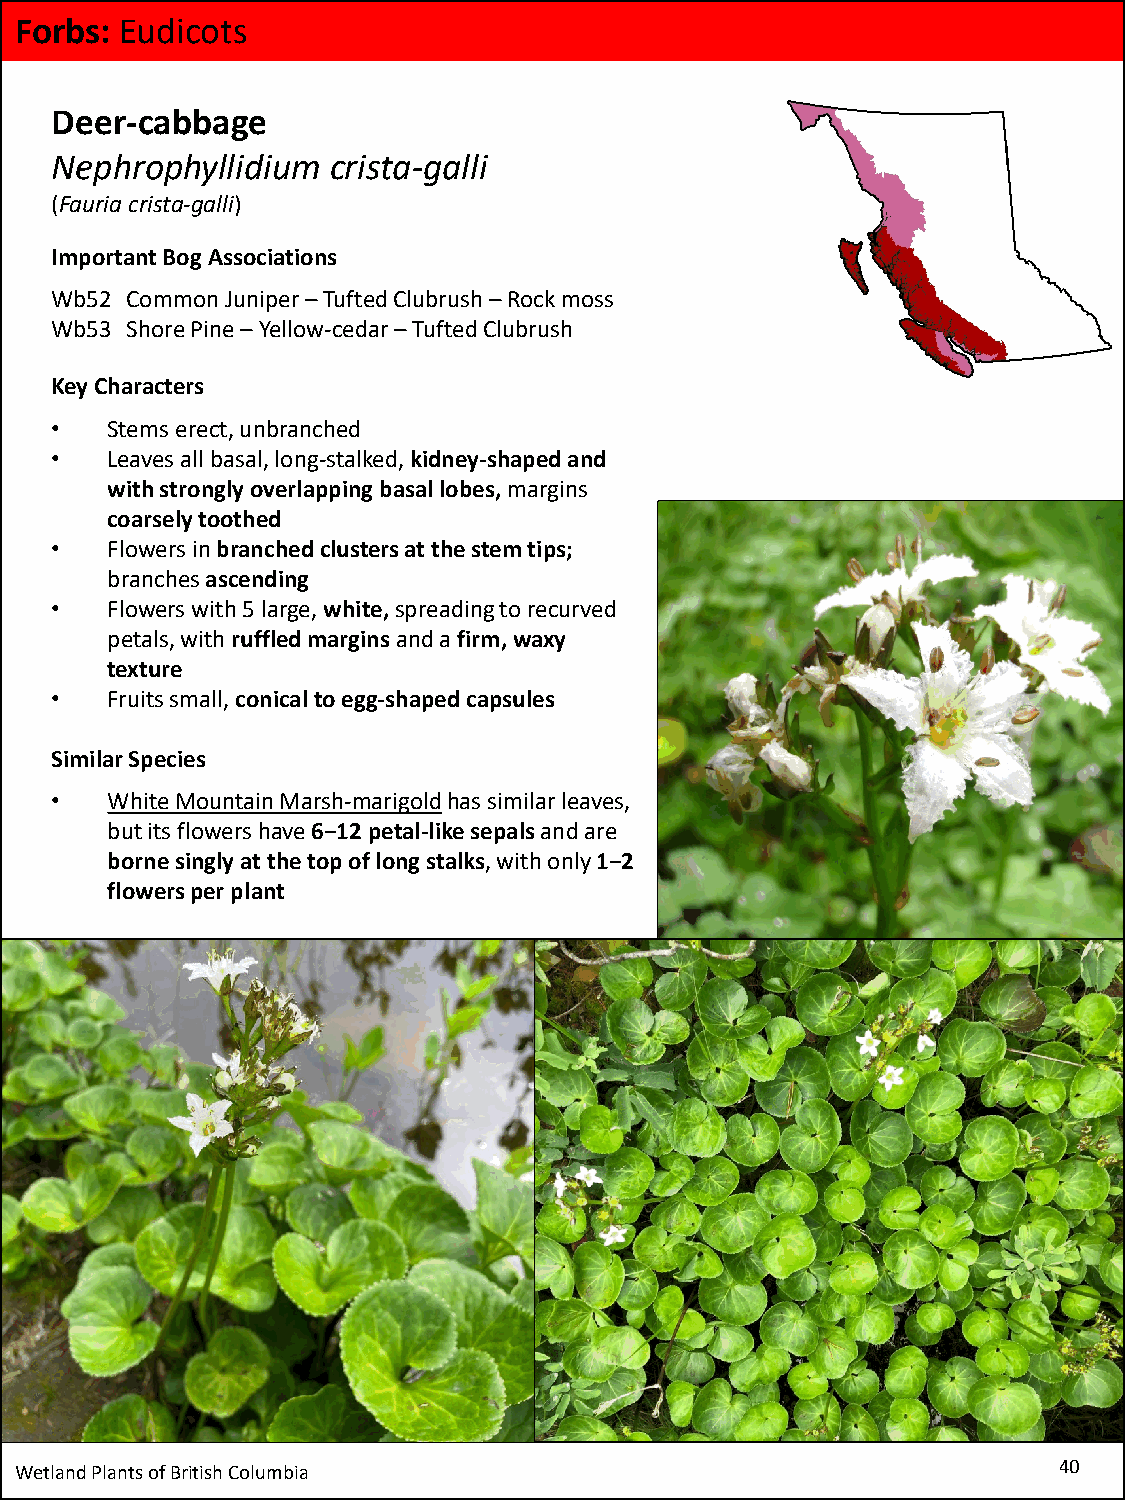
Forbs: Eudicots
 Deer-cabbage
 Nephrophyllidium   crista-galli
 (Fauria crista-galli)
 Important Bog Associations
 Wb52 Common Juniper –Tufted Clubrush–Rock moss
 Wb53 Shore Pine –Yellow-cedar –Tufted Clubrush
 Key Characters
 •   Stems erect, unbranched
 •   Leaves all basal, long-stalked, kidney-shaped and
 with strongly overlapping basal lobes, margins
 coarsely toothed
 •   Flowers in branched clusters at the stem tips;
 branchesascending
 •   Flowers with 5 large, white,spreading to recurved
 petals, with ruffled margins and a firm, waxy
 texture
 •   Fruits small, conical to egg-shaped capsules
 Similar Species
 •   White Mountain Marsh-marigoldhas similar leaves,
 but its flowers have 6−12 petal-like sepals and are
 borne singly at the top of long stalks, with only 1−2
 flowers per plant
 Wetland Plants of British Columbia                                   40